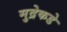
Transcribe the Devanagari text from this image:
मुद्रेकडे